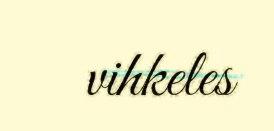
vihkeles